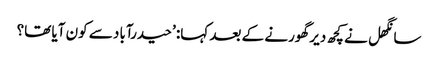
سانگھل نے کچھ دیر گھورنے کے بعد کہا: ’حیدرآباد سے کون آیا تھا؟